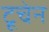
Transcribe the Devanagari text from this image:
टूचेन